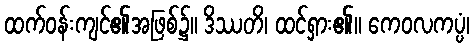
ထက်ဝန်းကျင်၏အဖြစ်၌။ ဒိဿတိ၊ ထင်ရှား၏။ ကေဝလကပ္ပံ၊